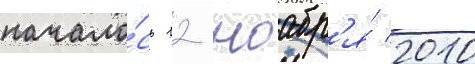
начало́сь 12 ноабр'я́ 2010